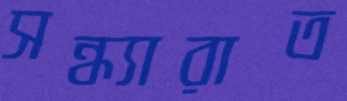
সন্ধ্যারাত